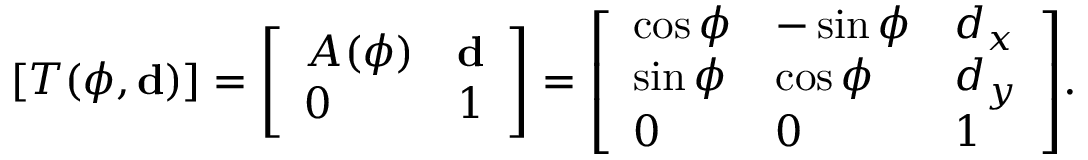
[ T ( \phi , \mathbf { d } ) ] = { \left[ \begin{array} { l l } { A ( \phi ) } & { \mathbf { d } } \\ { 0 } & { 1 } \end{array} \right] } = { \left[ \begin{array} { l l l } { \cos \phi } & { - \sin \phi } & { d _ { x } } \\ { \sin \phi } & { \cos \phi } & { d _ { y } } \\ { 0 } & { 0 } & { 1 } \end{array} \right] } .